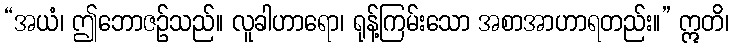
“အယံ၊ ဤဘောဇဉ်သည်။ လူခါဟာရော၊ ရုန့်ကြမ်းသော အစာအာဟာရတည်း။” ဣတိ၊